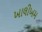
ખાલીખમ